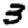
Digit: 3